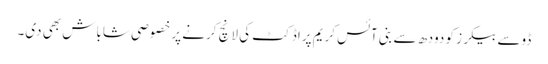
ڈوسے بیکرز کو دودھ سے بنی آئس کریم پراڈکٹ کی لانچ کرنے پر خصوصی شاباش بھی دی۔